system: You are a helpful assistant.
user:
Analyze the provided spectrum to determine if it is a **White Dwarf (WD)**.

A White Dwarf spectrum is defined by its **extreme purity** (due to gravitational settling) and/or **extreme pressure broadening** (due to high surface gravity). You must check for one of the following mutually exclusive signatures:

- **Key Visual Indicators (Check for ONE of these types):**

    - **1. DA-Type Signature (Most Common):**
        - **(Primary Feature):** Extreme pressure broadening (Stark broadening) of the **Hydrogen (H) Balmer lines**.
        - **(Key Lines):** $H\beta$ (approx. $4861$ Å) and $H\gamma$ (approx. $4340$ Å). $H\alpha$ (approx. $6563$ Å) will also be present if the wavelength range covers it.
        - **(Line Profile):** This is the **defining feature**. The lines are **NOT** sharp. They appear as massive, **extremely broad and deep "troughs" or "dips"** in the spectrum, often hundreds of Ångströms wide. The continuum will appear to "scoop" down at these wavelengths.
        - **(Distinction):** Normal A-type or B-type stars have *narrow* and *sharp* Hydrogen lines. A DA White Dwarf's lines are unmistakably "smeared" or "blurry" from pressure.

    - **2. DB-Type Signature:**
        - **(Primary Feature):** Broad absorption lines from **Neutral Helium (He I)**. The spectrum must lack any visible Hydrogen lines.
        - **(Key Lines):** Look for broad absorption near $4471$ Å, $4921$ Å, and $5876$ Å.
        - **(Line Profile):** These lines are also significantly pressure-broadened, appearing much wider than they would in a normal B-type main-sequence star.

    - **3. DC-Type Signature:**
        - **(Primary Feature):** A **featureless continuous spectrum**.
        - **(Line Profile):** The spectrum is a smooth curve with **no significant absorption or emission lines**.
        - **(Key Confirmation):** The continuum is almost always **blue or white**, indicating a hot object. This signature implies the atmosphere is so pure (or so cool) that no spectral lines are visible in the optical range. Its WD identity is confirmed by its extremely low intrinsic brightness (high absolute magnitude).

    - **4. DZ-Type Signature (Metal-Polluted):**
        - **(Primary Feature):** **Isolated, narrow metal absorption lines** on an otherwise featureless (DC-like) continuum.
        - **(Key Lines):** The **Calcium (Ca II) H & K doublet** (approx. **$3934$ Å** and **$3968$ Å**) is the most common and defining feature.
        - **(Line Profile):** These lines are "out of place." They are *not* part of a "forest" of thousands of lines. This signature is evidence of recent *accretion* (pollution) from rocky debris.
        - **(Distinction):** Normal G/K/M stars have a *dense forest* of thousands of metal lines. A DZ has a *clean* continuum with *only a few* strong metal lines.

    - **5. DQ-Type Signature (Carbon-Polluted):**
        - **(Primary Feature):** Absorption bands from **Carbon (C₂ "Swan Bands" or atomic C I)**.
        - **(Key Lines - C₂):** Look for bandheads with a "saw-tooth" shape near $5635$ Å, **$5165$ Å** (strongest), and $4737$ Å.
        - **(Key Confirmation):** The underlying **continuum must be blue or white** (hot).
        - **(Distinction):** This is the critical difference from a **Carbon Star**, which has the *exact same* C₂ bands but on an extremely **red, cool** continuum.

- **(Overall Spectrum):**
    - The continuum (overall shape) is typically **blue-sloping** (brighter in the blue than the red), as most white dwarfs are very hot.
    - The spectrum will look "pure" or "simple," dominated by only *one* of the five signatures listed above.

Think first, call **spectral_visualization_tool** if needed to examine features in detail, then provide your final answer. Your response must adhere to the following strict rules:
1.  **Overall Structure:** Your response must follow the format `<think>...</think> <tool_call>...</tool_call> (if a tool is used) <answer>...</answer>`.
2.  **Tool Usage Constraint:** You may only make **one** tool call per turn.
3.  **Final Answer Format:** In the `<answer>` tag, your conclusion must be inside a `\boxed{}` command (e.g., `\boxed{YES}` or `\boxed{NO}`), followed by your justification.

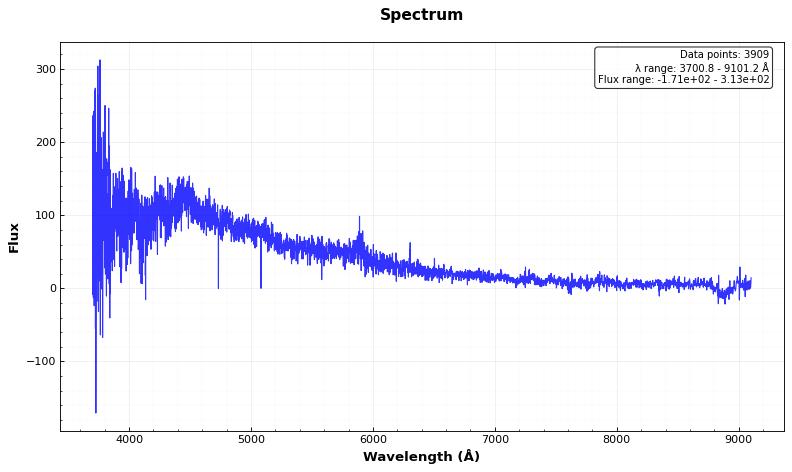
Answer: NO